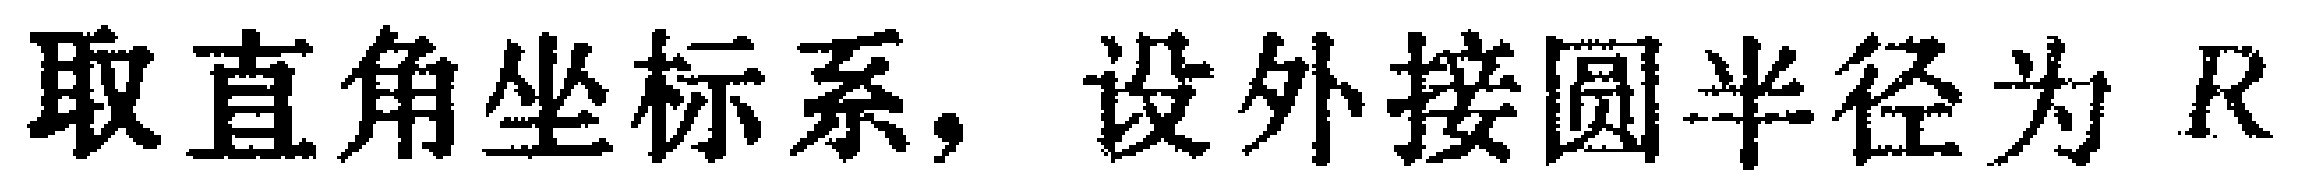
取直角坐标系，设外接圆半径为 \(R\)